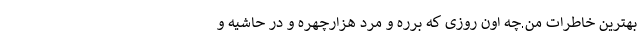
بهترین خاطرات من.چه اون روزی که برره و مرد هزارچهره و در حاشیه و